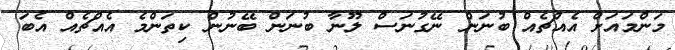
މަންމައަށް އެއްޗެއް ބުނަން ނޭގުނަސް ލޫނާ ބުނަން ބޭނުން ކިތަންމެ އެއްޗެއް އެބަ